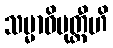
သမ္မာဝိမုတ္တီဟိ